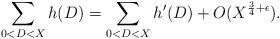
LaTeX: \begin{align*}\sum_{0<D<X} h(D) = \sum_{0<D<X} h'(D) + O(X^{\frac{3}{4}+\epsilon}).\end{align*}